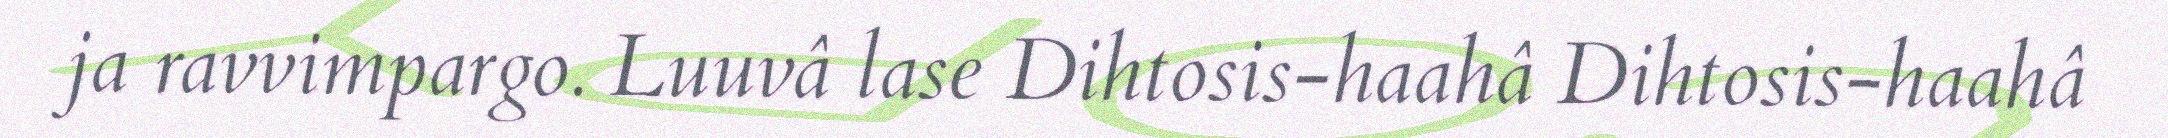
ja ravvimpargo. Luuvâ lase Dihtosis-haahâ Dihtosis-haahâ